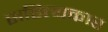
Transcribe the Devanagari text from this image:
सहित्यकार